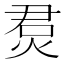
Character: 𤉅